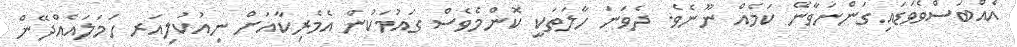
އެއްބަސްވެވަޑައިގަންނަވާނޭ ކަމެއް ނޫނެވެ. ދެވަނަ ހާލަތަކީ ކޮންމެވެސް ގައުމަކުން އެމެރިކާއަށް ނިއުކުލިއަރ ހަމަލައެއްދޭން